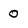
Character: 0